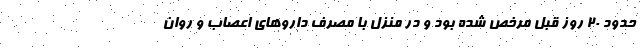
حدود ۲۰ روز قبل مرخص شده بود و در منزل با مصرف دارو‌های اعصاب و روان